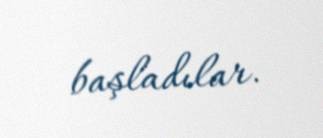
başladılar.